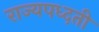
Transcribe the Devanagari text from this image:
राज्यपध्दती